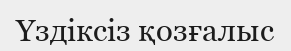
Үздіксіз қозғалыс